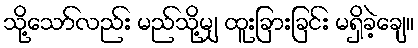
သို့သော်လည်း မည်သို့မျှ ထူးခြားခြင်း မရှိခဲ့ချေ။